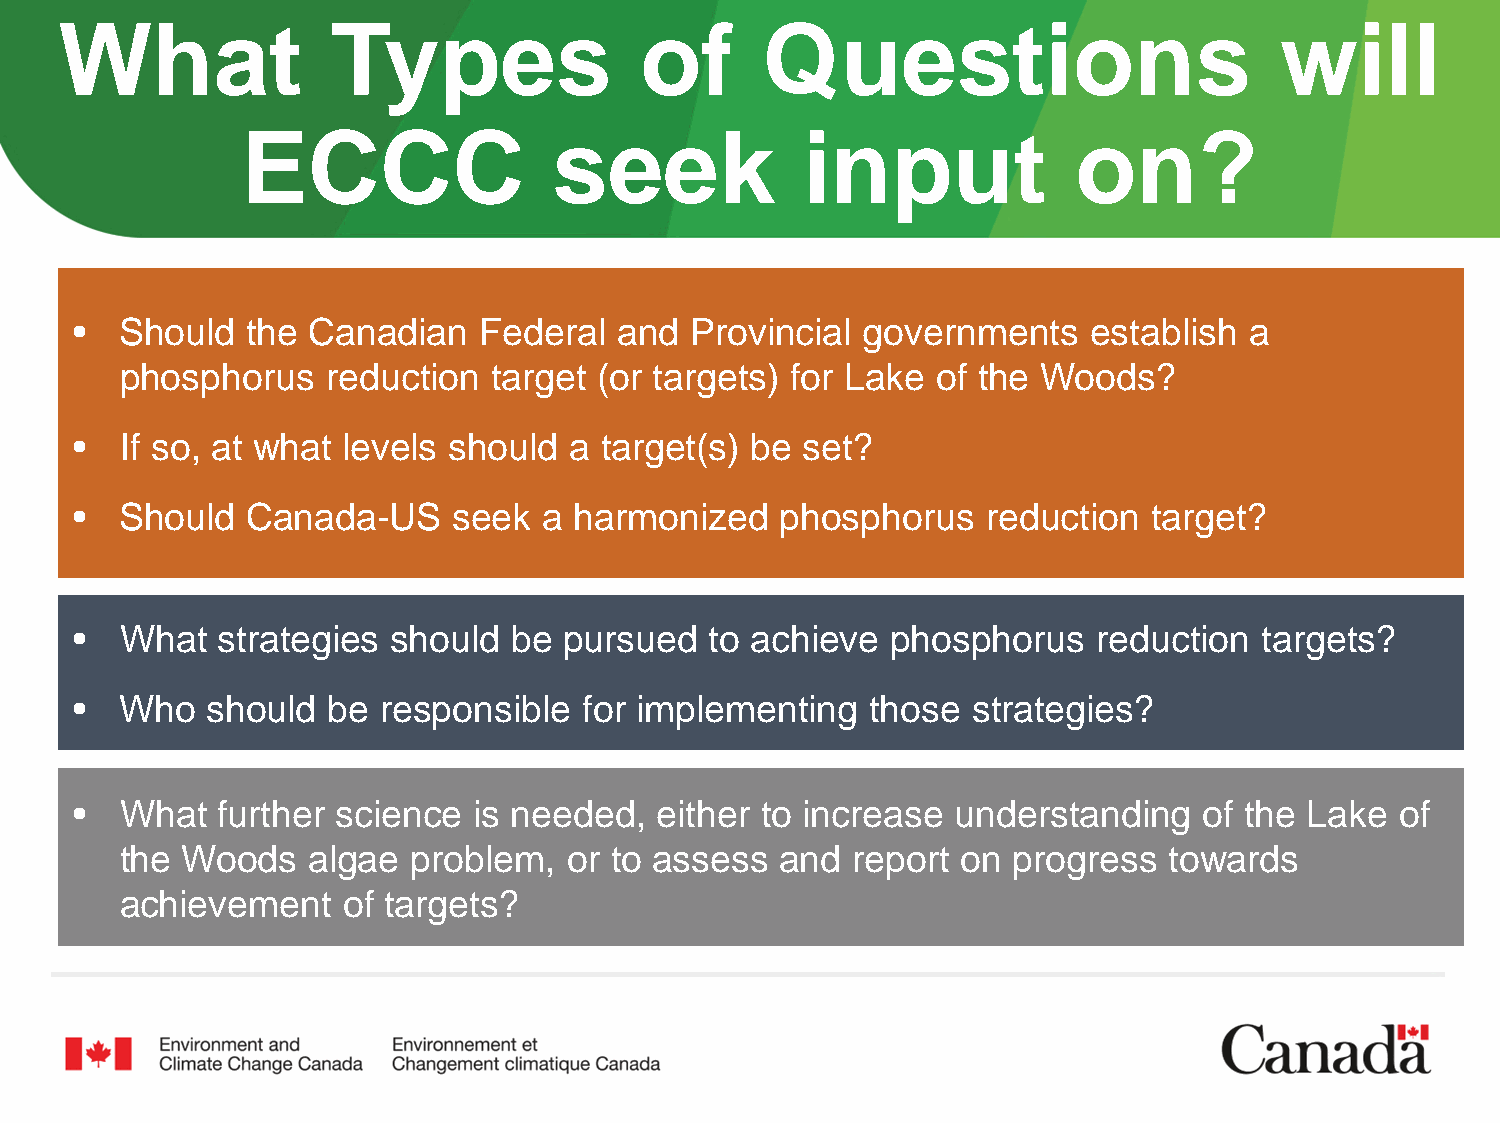
What              Types               of      Questions                          will
 ECCC                 seek            input             on?
 •  Should  the Canadian    Federal  and  Provincial governments    establish  a
 phosphorus    reduction target  (or targets) for Lake of the Woods?
 •  If so, at what levels should  a target(s) be set?
 •  Should  Canada-US     seek  a harmonized    phosphorus   reduction  target?
 •  What  strategies  should  be pursued   to achieve  phosphorus    reduction  targets?
 •  Who   should  be responsible   for implementing   those strategies?
 •  What  further science  is needed,   either to increase understanding    of the Lake  of
 the Woods   algae  problem,   or to assess  and report  on progress  towards
 achievement    of targets?